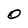
Character: O